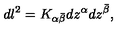
d l ^ { 2 } = K _ { \alpha { \bar { \beta } } } d z ^ { \alpha } d z ^ { \bar { \beta } } ,